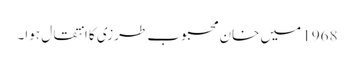
1968 میں خان محبوب طرزی کا انتقال ہوا۔